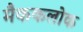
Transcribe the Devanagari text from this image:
मैककलोक